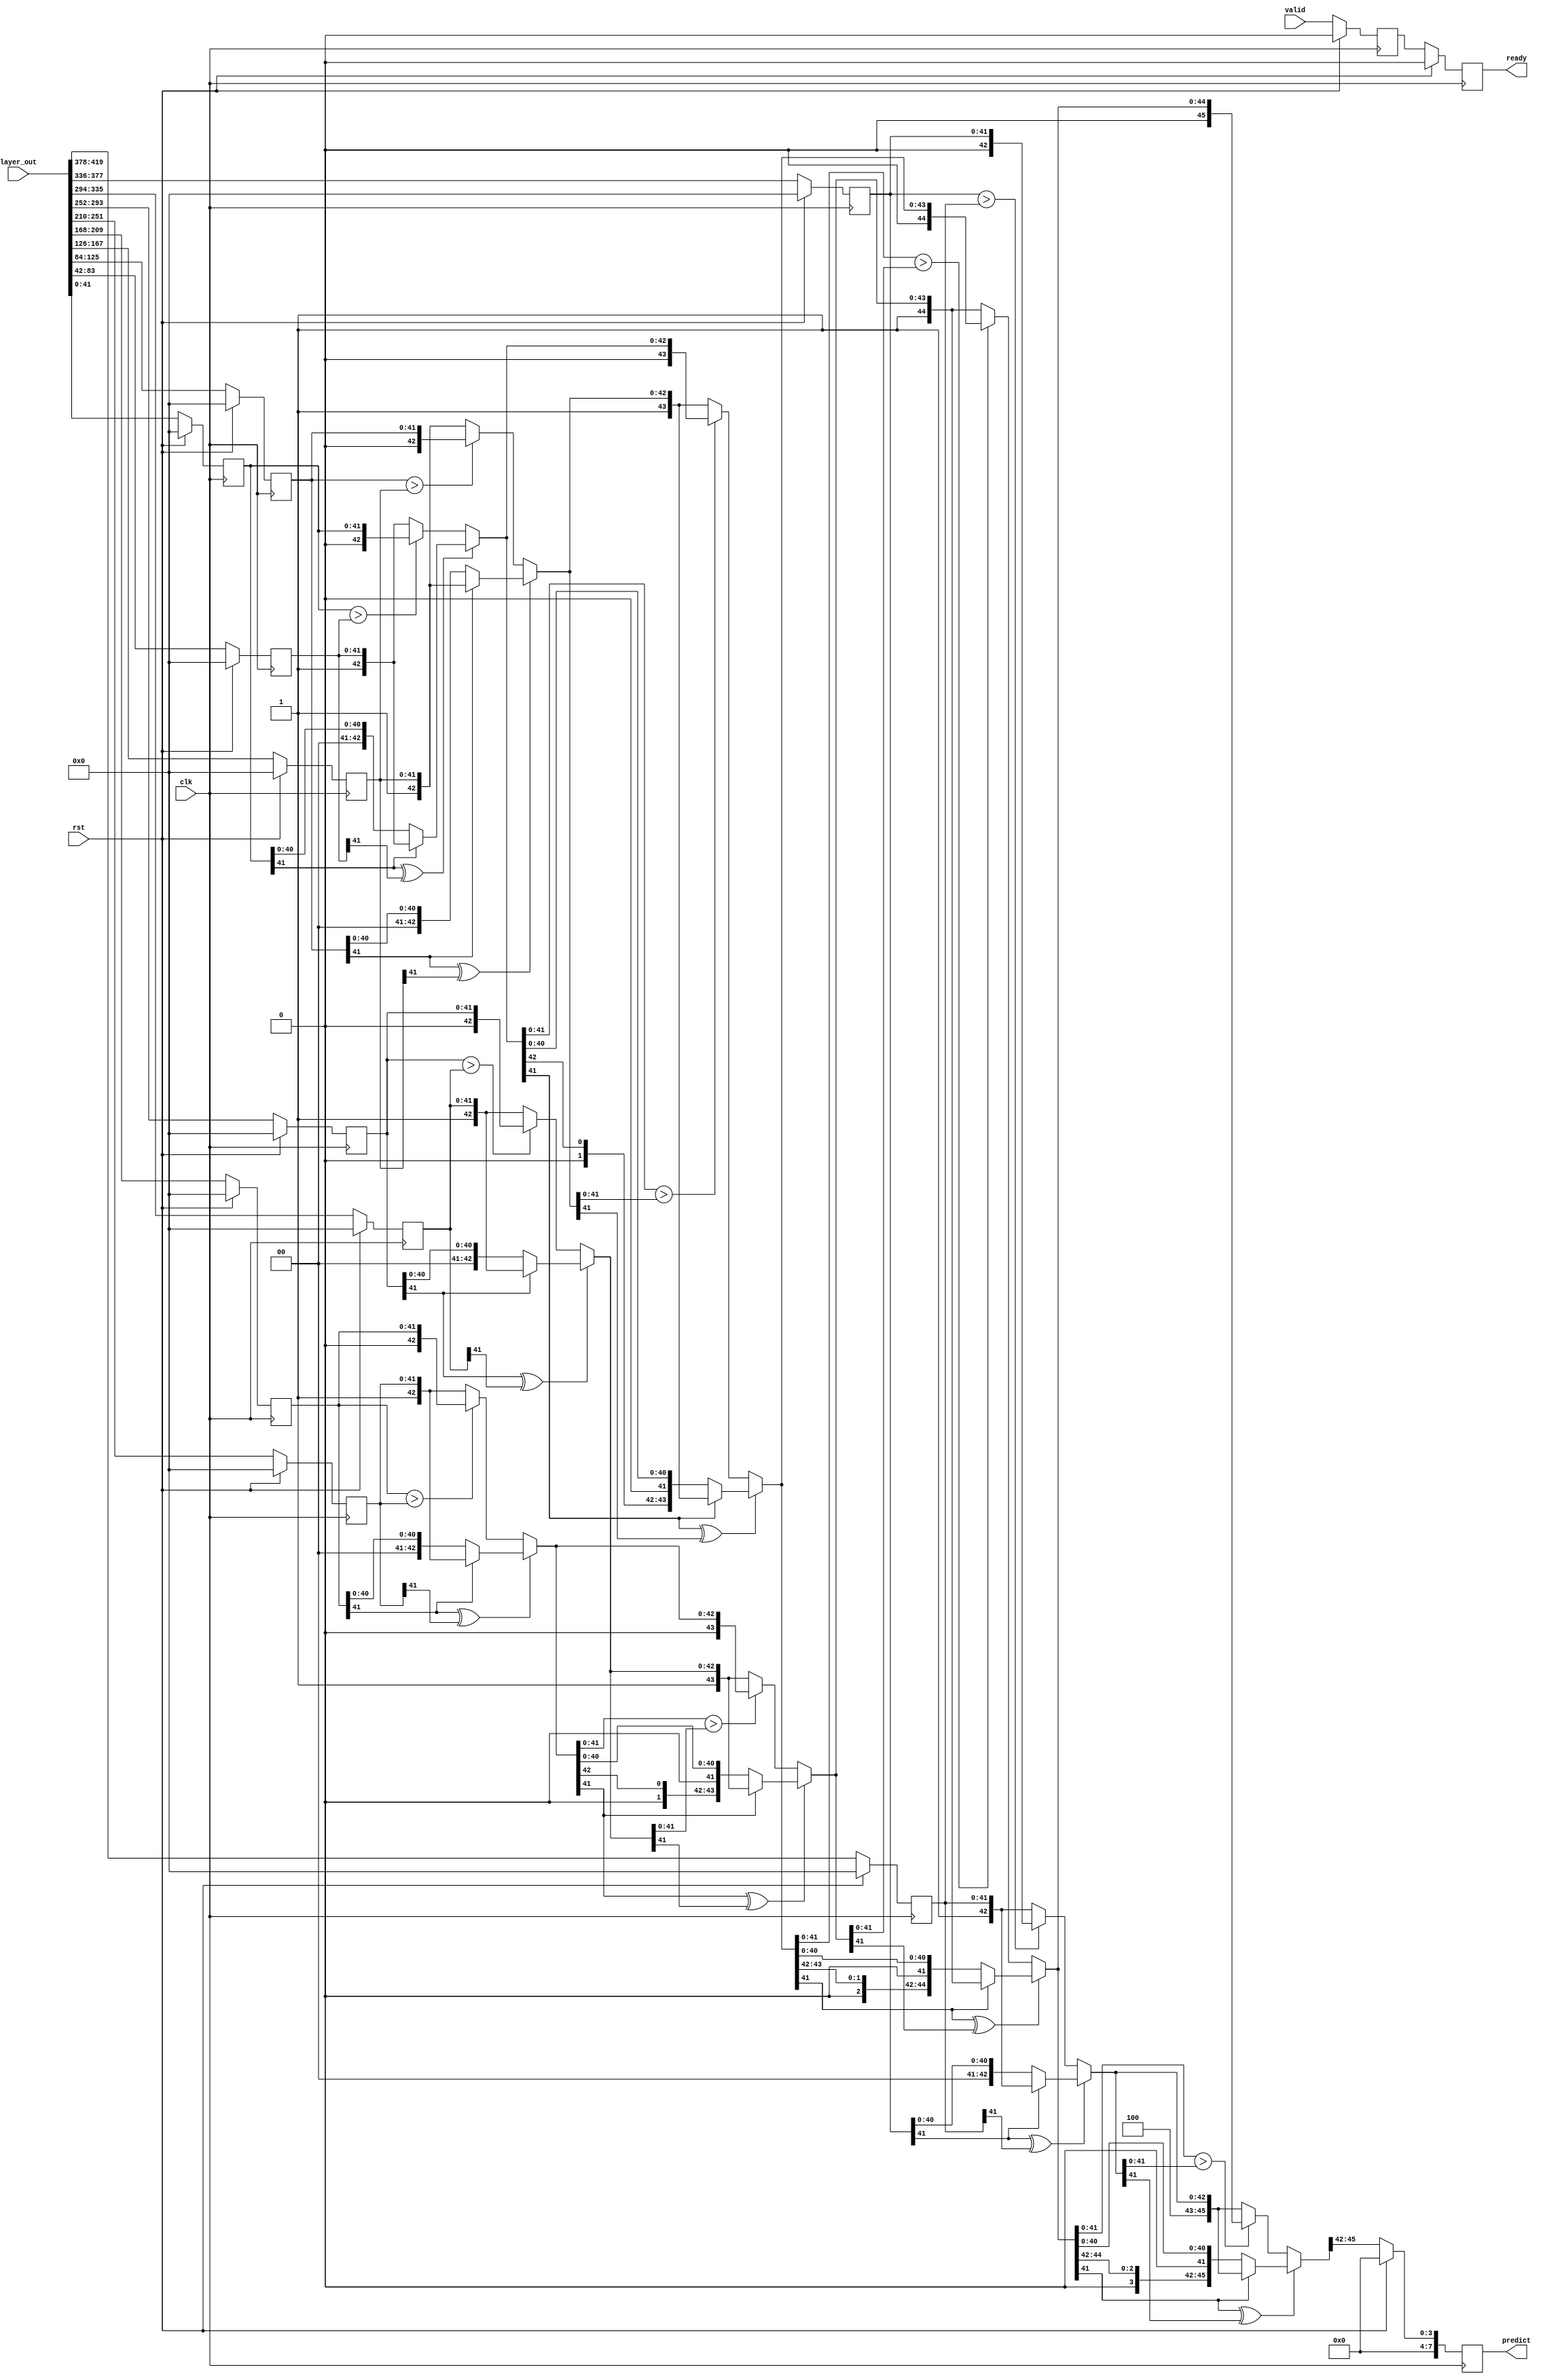
module comparator
(
input [42*10-1:0] layer_out,
input rst,
input clk,
input valid,
output  reg ready,
output reg [7:0] predict
);
parameter DATA_WIDTH=42;
reg [DATA_WIDTH-1: 0] result [0:9];
wire [4+DATA_WIDTH-1:0] com_re01,com_re23,com_re45,com_re67,com_re89;
reg ready_temp;
always@(posedge clk)
    begin
        if(rst)
            begin
                ready<=1'b0;
                ready_temp<=1'b0;
            end
        else
            begin
                ready_temp<=valid;
                ready<=ready_temp;
            end
    end
 
assign com_re01=(result[0][DATA_WIDTH-1]^result[1][DATA_WIDTH-1]) ? 
                                                        ((result[0][DATA_WIDTH-1]==1'b0)   ?   {4'd0,result[0]}:{4'd1,result[1]}):
                                                        ((result[0]>result[1]) ? {4'd0,result[0]}:{4'd1,result[1]});
assign com_re23=(result[2][DATA_WIDTH-1]^result[3][DATA_WIDTH-1]) ? 
                                                        ((result[2][DATA_WIDTH-1]==1'b0)   ?   {4'd2,result[2]}:{4'd3,result[3]}):
                                                        ((result[2]>result[3]) ? {4'd2,result[2]}:{4'd3,result[3]});
assign com_re45=(result[4][DATA_WIDTH-1]^result[5][DATA_WIDTH-1]) ? 
                                                        ((result[4][DATA_WIDTH-1]==1'b0)   ?   {4'd4,result[4]}:{4'd5,result[5]}):
                                                        ((result[4]>result[5]) ? {4'd4,result[4]}:{4'd5,result[5]});

assign com_re67=(result[6][DATA_WIDTH-1]^result[7][DATA_WIDTH-1]) ? 
                                                        ((result[6][DATA_WIDTH-1]==1'b0)   ?   {4'd6,result[6]}:{4'd7,result[7]}):
                                                        ((result[6]>result[7]) ? {4'd6,result[6]}:{4'd7,result[7]});
assign com_re89=(result[8][DATA_WIDTH-1]^result[9][DATA_WIDTH-1]) ? 
                                                        ((result[8][DATA_WIDTH-1]==1'b0)   ?   {4'd8,result[8]}:{4'd9,result[9]}):
                                                        ((result[8]>result[9]) ? {4'd8,result[8]}:{4'd9,result[9]});
wire [4+DATA_WIDTH-1:0] com_re01_23,com_re45_67,com_re0123_4567,com_re01234567_89;
assign com_re01_23=(com_re01[DATA_WIDTH-1]^com_re23[DATA_WIDTH-1])   ?
                                                        ((com_re01[DATA_WIDTH-1]==1'b0)  ?   com_re01:com_re23):
                                                        ((com_re01[DATA_WIDTH-1:0]>com_re23[DATA_WIDTH-1:0]) ?   com_re01:com_re23);
assign com_re45_67=(com_re45[DATA_WIDTH-1]^com_re67[DATA_WIDTH-1])   ?
                                                        ((com_re45[DATA_WIDTH-1]==1'b0)  ?   com_re45:com_re67):
                                                        ((com_re45[DATA_WIDTH-1:0]>com_re67[DATA_WIDTH-1:0]) ?   com_re45:com_re67);
assign com_re0123_4567=(com_re01_23[DATA_WIDTH-1]^com_re45_67[DATA_WIDTH-1])   ?
                                                        ((com_re01_23[DATA_WIDTH-1]==1'b0)  ?   com_re01_23:com_re45_67):
                                                        ((com_re01_23[DATA_WIDTH-1:0]>com_re45_67[DATA_WIDTH-1:0]) ?   com_re01_23:com_re45_67);
assign com_re01234567_89=(com_re0123_4567[DATA_WIDTH-1]^com_re89[DATA_WIDTH-1])   ?
                                                        ((com_re0123_4567[DATA_WIDTH-1]==1'b0)  ?   com_re0123_4567:com_re89):
                                                        ((com_re0123_4567[DATA_WIDTH-1:0]>com_re89[DATA_WIDTH-1:0]) ?   com_re0123_4567:com_re89);
integer i;
always@(posedge clk )
begin
    if(rst)
            begin
                for(i=0;i<10;i=i+1)
                    begin
                        result[i]<={42'b0};
                    end
                predict<=0;
            end
    else
    begin 
        predict <={4'b0,com_re01234567_89[4+DATA_WIDTH-1:4+DATA_WIDTH-1-3]};
       result[0]<=layer_out[41:0];
       result[1]<=layer_out[83:42];
       result[2]<=layer_out[125:84];
       result[3]<=layer_out[167:126];
       result[4]<=layer_out[209:168];
       result[5]<=layer_out[251:210];
       result[6]<=layer_out[293:252];
       result[7]<=layer_out[335:294];
       result[8]<=layer_out[377:336];
       result[9]<=layer_out[419:378];
    end
end
endmodule